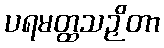
ပရမတ္ထသဉှိတာ